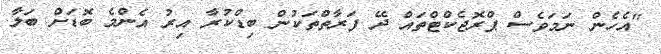
"އެހެން ނަމަވެސް ޕްރޮޖެކްޓްތައް ދޭ ފަރާތްތަކުން ބިޑްކުރާ އިރު އެންމެ ބޮޑަށް ބަލާ